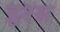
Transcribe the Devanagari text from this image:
इश्स